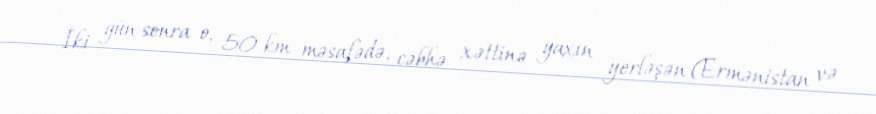
İki gün sonra o, 50 km məsafədə, cəbhə xəttinə yaxın yerləşən (Ermənistan və